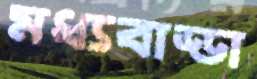
মধ্যবাড্ডা